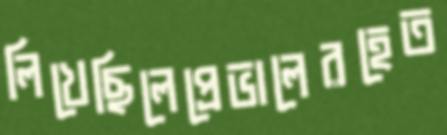
লিখেছিলেপ্রেভালেরহেত